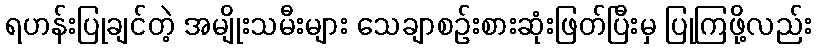
ရဟန်းပြုချင်တဲ့ အမျိုးသမီးများ သေချာစဉ်းစားဆုံးဖြတ်ပြီးမှ ပြုကြဖို့လည်း